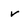
Character: v